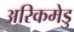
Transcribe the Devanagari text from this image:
अरिकमेडु